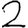
Digit: 2